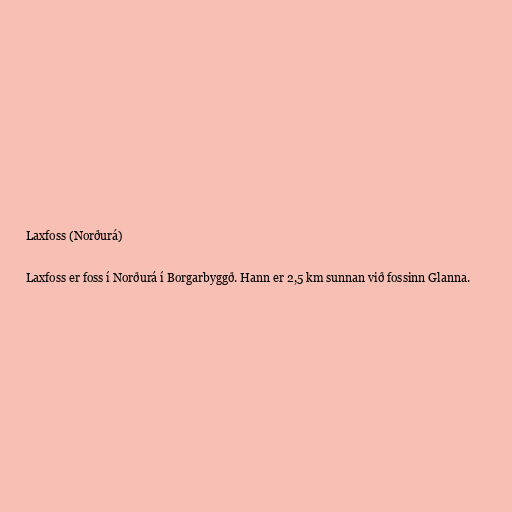
Laxfoss (Norðurá)

Laxfoss er foss í Norðurá í Borgarbyggð. Hann er 2,5 km sunnan við fossinn Glanna.